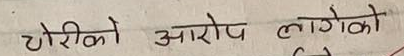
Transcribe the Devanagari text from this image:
चोरीको आरोप लागेको